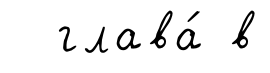
глава́ в